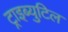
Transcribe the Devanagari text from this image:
ट्राइब्युटिल